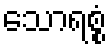
သောရစ္စံ